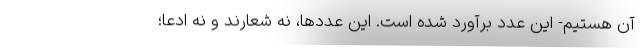
آن هستیم- این عدد برآورد شده است. این عددها، نه شعارند و نه ادعا؛